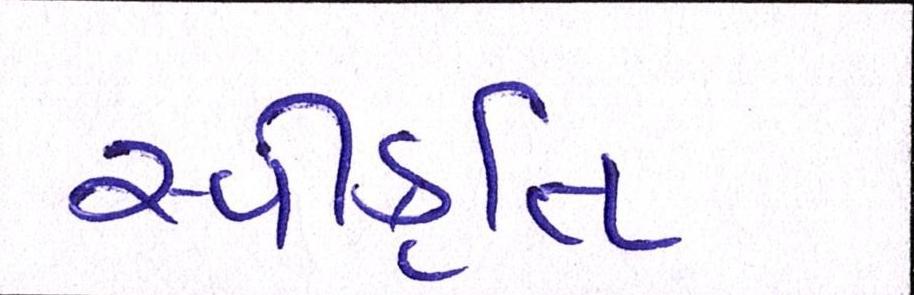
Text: સ્વીકૃતિ